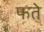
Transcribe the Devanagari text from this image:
फते